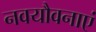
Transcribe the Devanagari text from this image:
नवयौवनाएं